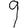
Digit: 9